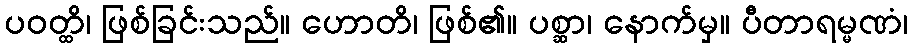
ပဝတ္ထိ၊ ဖြစ်ခြင်းသည်။ ဟောတိ၊ ဖြစ်၏။ ပစ္ဆာ၊ နောက်မှ။ ပီတာရမ္မဏံ၊